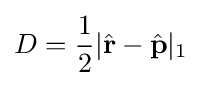
D={\frac {1}{2}}|{\hat {\mathbf {r} }}-{\hat {\mathbf {p} }}|_{1}